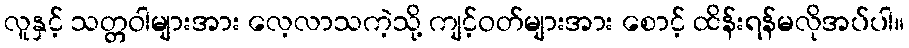
လူနှင့် သတ္တဝါများအား လေ့လာသကဲ့သို့ ကျင့်ဝတ်များအား စောင့် ထိန်းရန်မလိုအပ်ပါ။